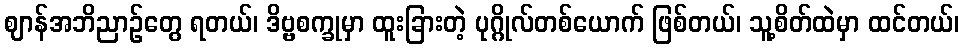
ဈာန်အဘိညာဉ်တွေ ရတယ်၊ ဒိဗ္ဗစက္ခုမှာ ထူးခြားတဲ့ ပုဂ္ဂိုလ်တစ်ယောက် ဖြစ်တယ်၊ သူ့စိတ်ထဲမှာ ထင်တယ်၊